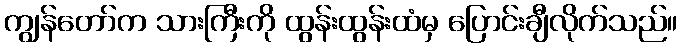
ကျွန်တော်က သားကြီးကို ထွန်းထွန်းထံမှ ပြောင်းချီလိုက်သည်။